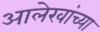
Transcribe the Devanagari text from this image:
आलेखांच्या